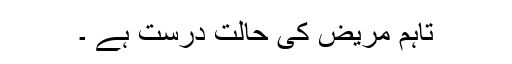
تاہم مریض کی حالت درست ہے ۔